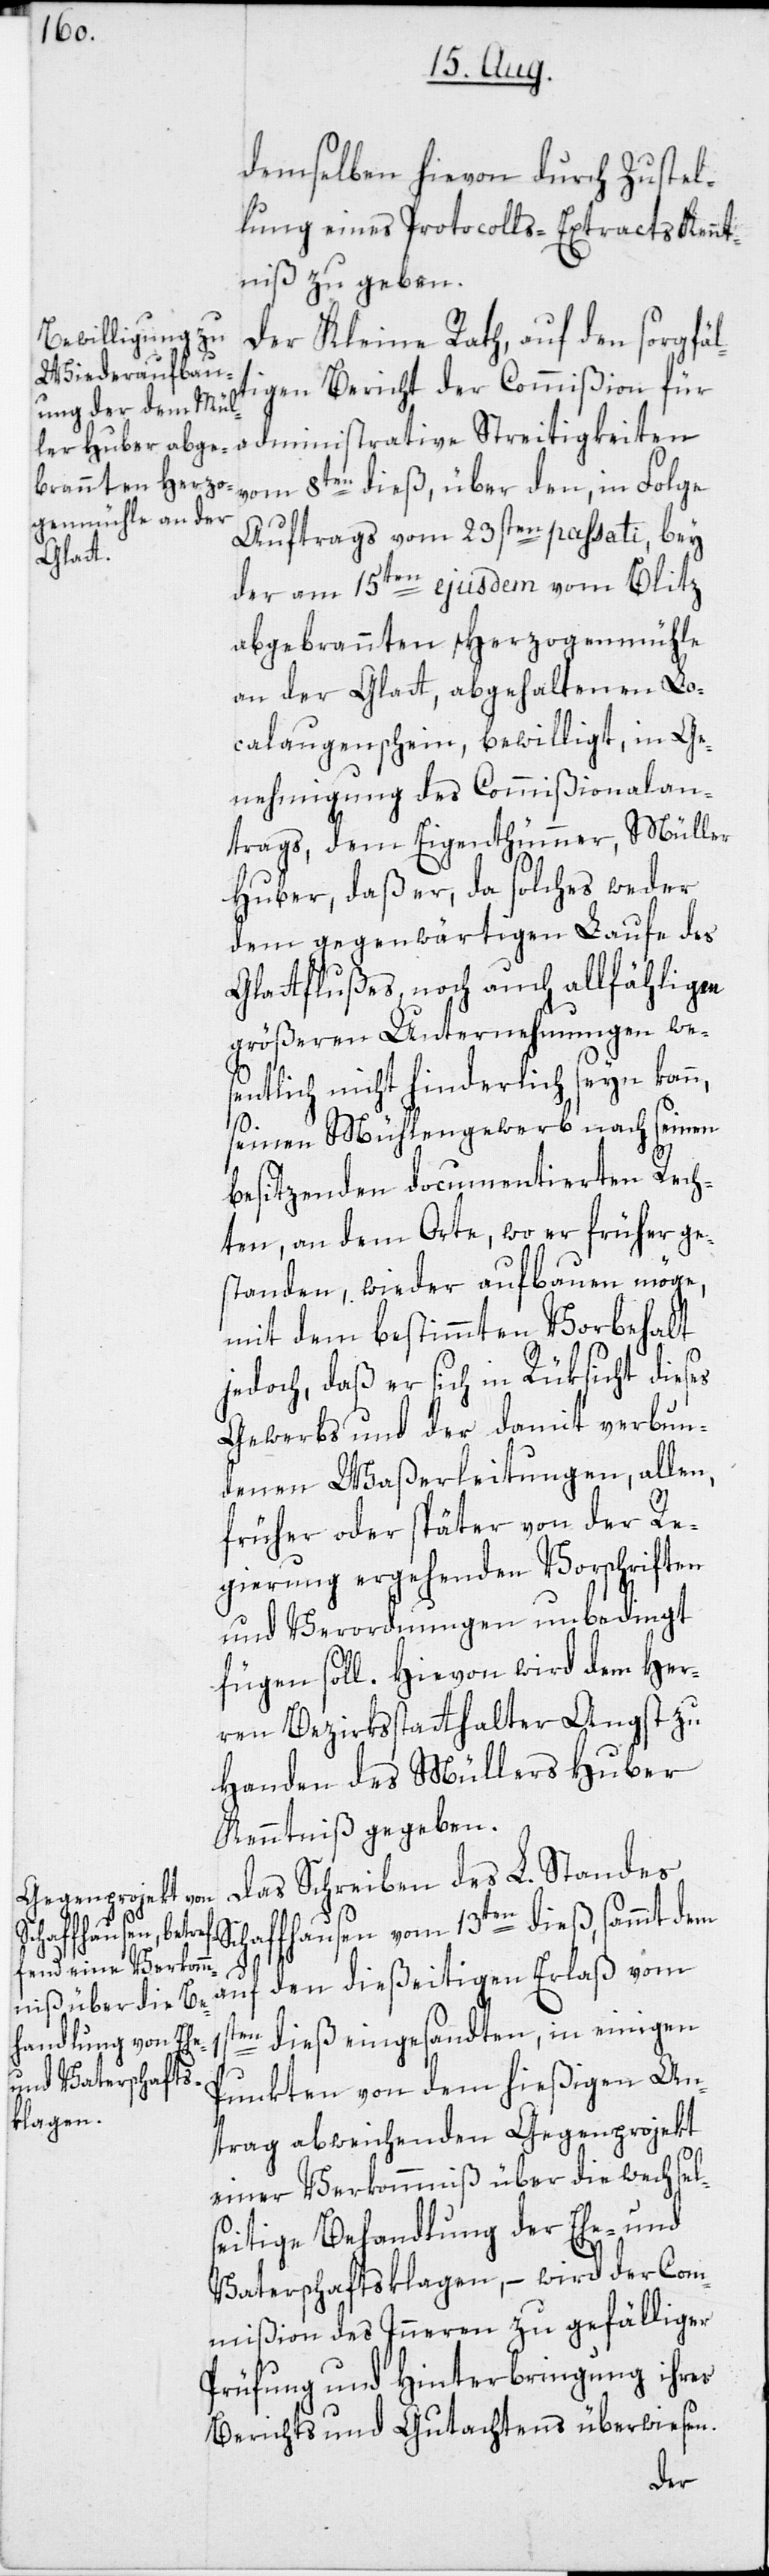
demselben hievon durch Zustel¬
lung eines Protocolls-Extracts Kennt¬
niß zu geben.
Der Kleine Rath, auf den sorgfäl¬
tigen Bericht der Commißion für
administrative Streitigkeiten
vom 8ten dieß, über den, in Folge
Auftrags vom 23sten passati, bey
der am 15ten ejusdem vom Blitz
abgebrannten Herzogenmühle
an der Glatt, abgehaltenen Lo¬
calaugenschein, bewilligt, in Ge¬
nehmigung des Commißionalan¬
trags, dem Eigenthümmer, Müller
Huber, daß er, da solches weder
dem gegenwärtigen Laufe des
Glattflußes, noch auch allfähligen
größeren Unternehmungen wes¬
entlich nicht hinderlich seyn kann,
seinen Mühlengewerb nach seinen
besitzenden documentierten Rech¬
ten, an dem Orte, wo er früher ge¬
standen, wieder aufbauen möge,
mit dem bestimmten Vorbehalt
jedoch, daß er sich in Rüksicht dieses
Gewerbs und der damit verbun¬
denen Waßerleitungen, allen,
früher oder später von der Re¬
gierung ergehenden Vorschriften
und Verordnungen unbedingt
fügen soll. Hievon wird dem Her¬
ren Bezirksstatthalter Angst zu
Handen des Müllers Huber
Kenntniß gegeben.
Das Schreiben des L. Standes
Schaffhausen vom 13ten dieß, sammt dem
1s¬
auf den dießeitigen Erlaß vom
ten dieß eingesandten, in einigen
Punkten von dem hießigen An¬
trag abweichenden Gegenprojekt
einer Verkommniß über die wechsel¬
seitige Behandlung der Ehe- und
Vaterschaftsklagen, – wird der Com¬
mißion des Inneren zu gefälliger
Prüfung und Hinterbringung ihres
Berichts und Gutachtens überwiesen.